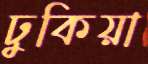
ঢুকিয়া